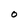
Character: 0